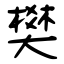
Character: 樊